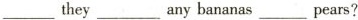
___ they ___ anybananas ___ pears?